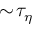
\sim \! \tau _ { \eta }